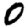
Digit: 0